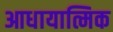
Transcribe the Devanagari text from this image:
आधायात्मिक